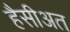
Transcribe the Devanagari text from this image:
हैसीअत